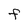
Character: F